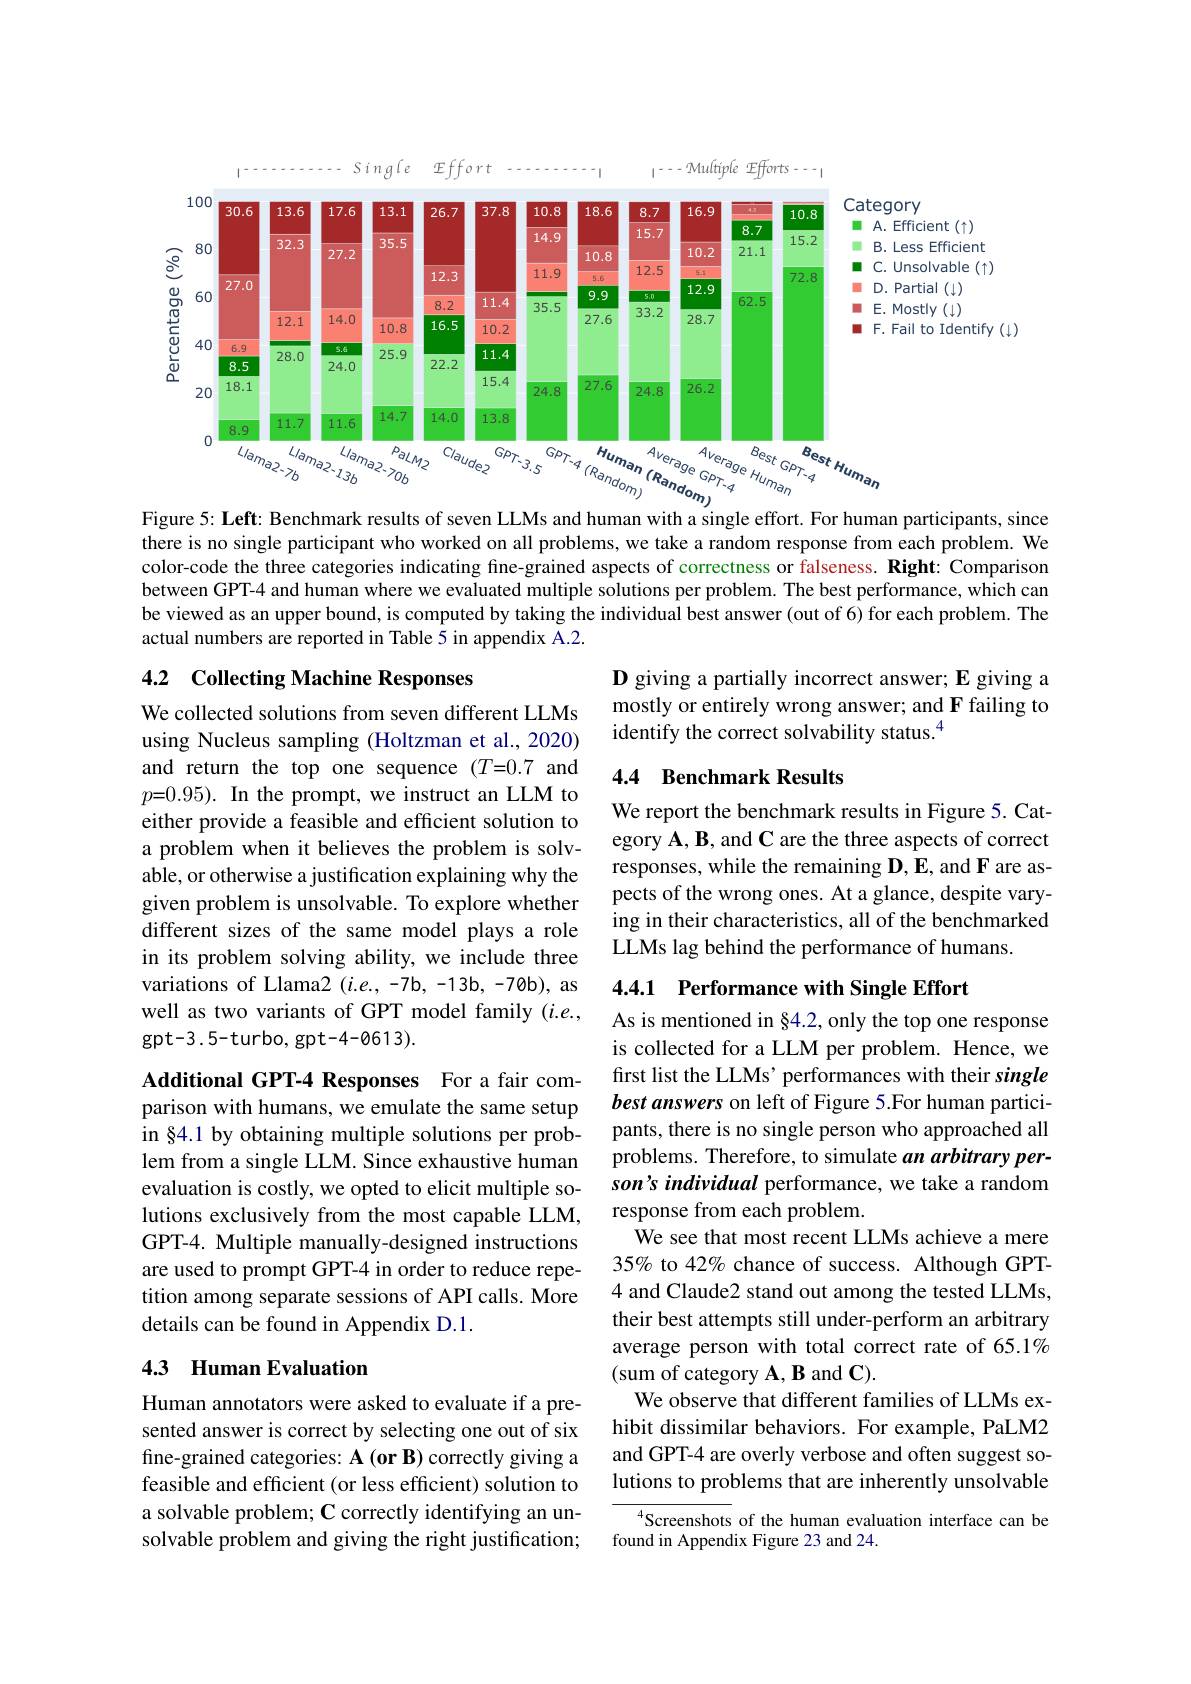
<FigureHere>

Figure 5: Left: Benchmark results of seven LLMs and human with a single effort. For human participants, since there is no single participant who worked on all problems, we take a random response from each problem. We color-code the three categories indicating fine-grained aspects of correctness or falseness. Right: Comparison between GPT-4 and human where we evaluated multiple solutions per problem. The best performance, which can be viewed as an upper bound, is computed by taking the individual best answer (out of 6) for each problem. The actual numbers are reported in Table 5 in appendix A.2.

## 4.2 Collecting Machine Responses

$\mathbf{D}$ giving a partially incorrect answer; E giving a mostly or entirely wrong answer; and F failing to identify the correct solvability status.$^{4}$

### 4.4 Benchmark Results

We collected solutions from seven different LLMs using Nucleus sampling (Holtzman et al., 2020) and return the top one sequence (T=0.7 and $p{=}0.95).{\mathrm{~In~the~prompt,~we~instruct~an~LLM~to}}$ either provide a feasible and efficient solution to a problem when it believes the problem is solvable, or otherwise a justification explaining why the given problem is unsolvable. To explore whether different sizes of the same model plays a role in its problem solving ability, we include three variations of Llama2 $(i.e.,-7b,-13b,-70b)$, as well as two variants of GPT model family $(i.e.$, gpt-3.5-turbo, gpt-4-0613).

We report the benchmark results in Figure 5. Category $\mathbf{A},\mathbf{B}$, and C are the three aspects of correct responses, while the remaining D,E, and F are aspects of the wrong ones. At a glance, despite varying in their characteristics, all of the benchmarked LLMs lag behind the performance of humans

4.4.1 Performance with Single Effort

Additional GPT-4 Responses For a fair com-

parison with humans, we emulate the same setup in §4.1 by obtaining multiple solutions per problem from a single LLM. Since exhaustive human evaluation is costly, we opted to elicit multiple solutions exclusively from the most capable LLM, GPT-4. Multiple manually-designed instructions are used to prompt GPT-4 in order to reduce repetition among separate sessions of API calls. More details can be found in Appendix D.1.

As is mentioned in §4.2, only the top one response is collected for a LLM per problem. Hence, we first list the LLMs' performances with their single best answers on left of Figure 5.For human participants, there is no single person who approached all problems. Therefore, to simulate an arbitrary person's individual performance, we take a random response from each problem.
We see that most recent LLMs achieve a mere 35% to 42% chance of success. Although GPT- 4 and Claude2 stand out among the tested LLMs, their best attempts still under-perform an arbitrary average person with total correct rate of 65.1% (sum of category A, B and C).
We observe that different families of LLMs exhibit dissimilar behaviors. For example, PaLM2 and GPT-4 are overly verbose and often suggest solutions to problems that are inherently unsolvable

## 4.3 Human Evaluation

Human annotators were asked to evaluate if a presented answer is correct by selecting one out of six fine-grained categories: A (or B) correctly giving a feasible and efficient (or less efficient) solution to a solvable problem; $\mathbf{C}$ correctly identifying an unsolvable problem and giving the right justification;

Screenshots of the human evaluation interface can be
found in Appendix Figure 23 and 24.